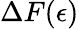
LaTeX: \Delta F(\epsilon)